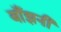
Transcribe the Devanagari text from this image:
बाँझनी